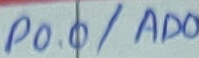
Text: P0.0/AD0